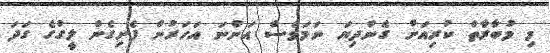
މި މުބާރާތް ކުރިއަށް ގެންދިޔަ ނަމަވެސް އަންނަ އަހަރުން ފެށިގެން ލީގުގެ ގަދަ